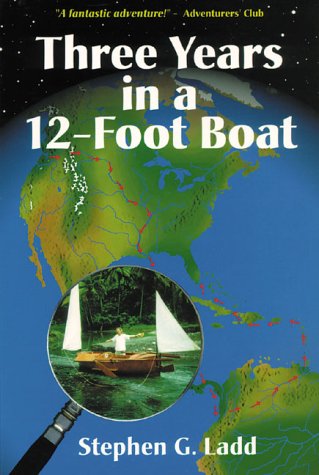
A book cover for Three Years in a Twelve-Foot Boat; Stephen G. Ladd; Travel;